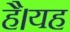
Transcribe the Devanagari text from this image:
हैै।यह